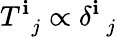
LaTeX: T_{\, \, \, j}^{\mathbf{i}}\propto\delta_{\, \, \, j}^{\mathbf{i}}